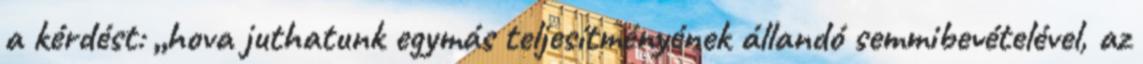
a kérdést: „hova juthatunk egymás teljesítményének állandó semmibevételével, az